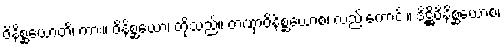
ဝိနိစ္ဆယောတိ၊ ကား။ ဝိနိစ္ဆယော၊ တို့သည်။ တဏှာဝိနိစ္ဆယောစ၊ လည်းကောင်း။ ဒိဋ္ဌိဝိနိစ္ဆယောစ၊